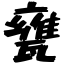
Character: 甕